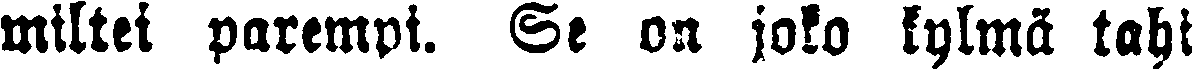
miltei parempi. Se on joko kylmä tahi